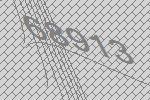
68913